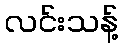
လင်းသန့်